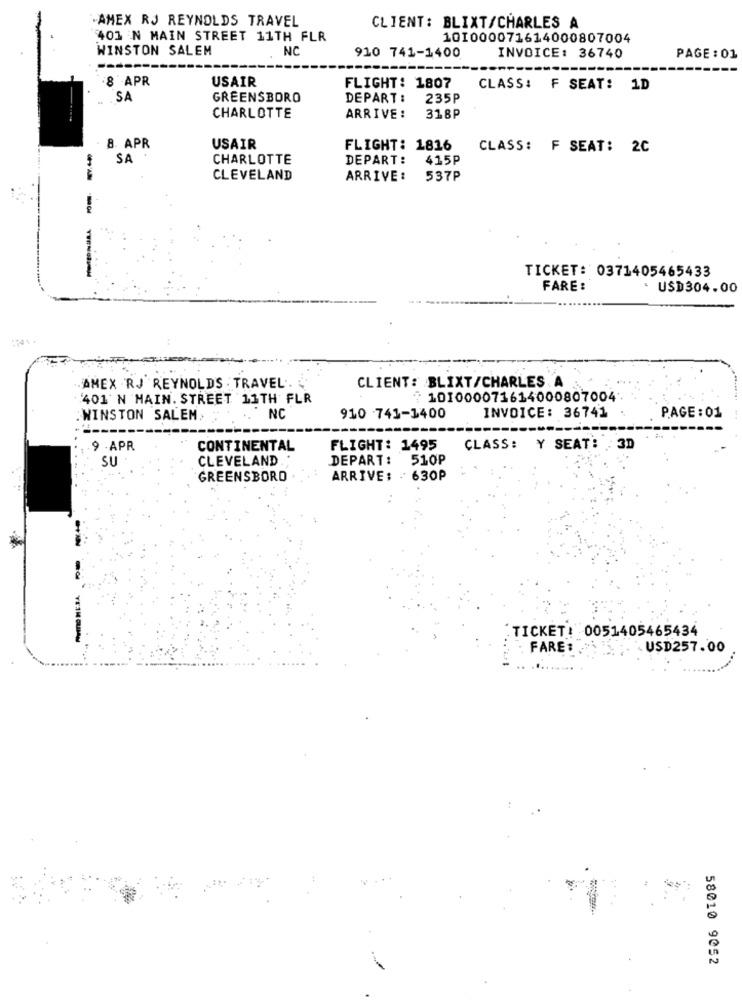
-AMEX RJ REYNOLDS TRAVEL
CLIENT: BLIXT/CHARLES A
401 N MAIN STREET 11TH FLR
101000071614000807004
WINSTON SALEM
NC
910 741-1400
INVOICE: 36740
PAGE : 01
8 APR
USAIR
FLIGHT: 1807
CLASS: F SEAT: 1D
SA
GREENSBORO
DEPART :
235P
CHARLOTTE
ARRIVE:
318P
8. APR
USAIR
FLIGHT: 1816
CLASS: F SEAT: 2C
SA
CHARLOTTE
DEPART:
415P
CLEVELAND
ARRIVE :
537P
---
TICKET: 0371405465433
FARE :
. USD304.00
AMEX RJ REYNOLDS . TRAVEL ..
CLIENT: BLIXT/CHARLES A
401'N MAIN. STREET 11TH FLR
101000071614000807004
. WINSTON SALEM.
NC
910 741-1400
INVOICE: 36741
PAGE: 01
9 -APR
CONTINENTAL
FLIGHT: 1495
CLASS: Y SEAT: 3D
SU
CLEVELAND .
DEPART: 510P
GREENSBORO
ARRIVE: : 630P
TICKET: 0051405465434
. FARE: "
USD257.00
58010 9052